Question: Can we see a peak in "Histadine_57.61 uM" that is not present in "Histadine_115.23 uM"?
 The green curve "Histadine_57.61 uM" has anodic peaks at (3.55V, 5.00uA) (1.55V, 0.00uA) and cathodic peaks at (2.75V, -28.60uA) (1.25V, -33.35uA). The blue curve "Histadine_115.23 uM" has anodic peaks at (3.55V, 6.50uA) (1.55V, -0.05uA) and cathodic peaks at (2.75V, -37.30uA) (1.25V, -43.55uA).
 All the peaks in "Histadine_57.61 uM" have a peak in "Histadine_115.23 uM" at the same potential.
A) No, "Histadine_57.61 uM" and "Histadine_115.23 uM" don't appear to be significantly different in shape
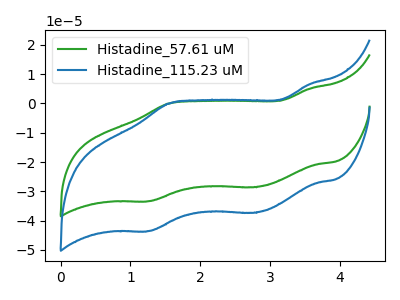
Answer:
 <answer>A) No, "Histadine_57.61 uM" and "Histadine_115.23 uM" don't appear to be significantly different in shape</answer>
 <eval>A</eval>